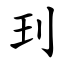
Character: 㺫